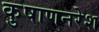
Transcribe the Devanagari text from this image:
कुषाणनरेश